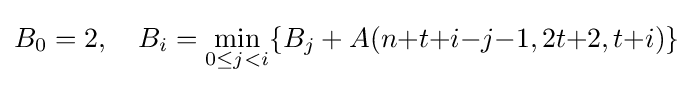
B_{0}=2,\quad B_{i}=\min _{0\leq j<i}\{B_{j}+A(n{+}t{+}i{-}j{-}1,2t{+}2,t{+}i)\}